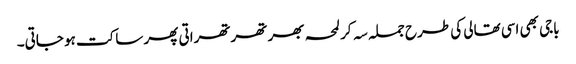
باجی بھی اسی تھالی کی طرح جملہ سہ کر لمحہ بھر تھرتھراتی پھر ساکت ہو جاتی۔